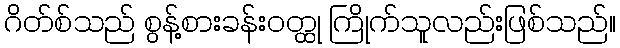
ဂိတ်စ်သည် စွန့်စားခန်းဝတ္ထု ကြိုက်သူလည်းဖြစ်သည်။